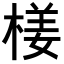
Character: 𣕞